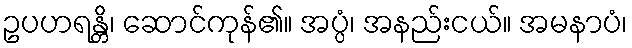
ဥပဟရန္တိ၊ ဆောင်ကုန်၏။ အပ္ပံ၊ အနည်းငယ်။ အမနာပံ၊